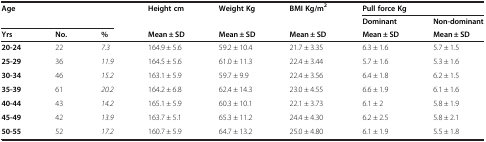
<table><thead><tr><td rowspan="2" colspan="3"><b>Age</b></td><td rowspan="2"><b>Height cm</b></td><td rowspan="2"><b>Weight Kg</b></td><td rowspan="2"><b>BMI Kg/m<sup>2</sup></b></td><td colspan="2"><b>Pull force Kg</b></td></tr><tr><td><b>Dominant</b></td><td><b>Non-dominant</b></td></tr><tr><td><b>Yrs</b></td><td><b>No.</b></td><td><b>%</b></td><td><b>Mean ± SD</b></td><td><b>Mean ± SD</b></td><td><b>Mean ± SD</b></td><td><b>Mean ± SD</b></td><td><b>Mean ± SD</b></td></tr></thead><tbody><tr><td><b>20-24</b></td><td>22</td><td><i>7.3</i></td><td>164.9 ± 5.6</td><td>59.2 ± 10.4</td><td>21.7 ± 3.35</td><td>6.3 ± 1.6</td><td>5.7 ± 1.5</td></tr><tr><td><b>25-29</b></td><td>36</td><td><i>11.9</i></td><td>164.5 ± 5.6</td><td>61.0 ± 11.3</td><td>22.4 ± 3.44</td><td>5.7 ± 1.6</td><td>5.3 ± 1.6</td></tr><tr><td><b>30-34</b></td><td>46</td><td><i>15.2</i></td><td>163.1 ± 5.9</td><td>59.7 ± 9.9</td><td>22.4 ± 3.56</td><td>6.4 ± 1.8</td><td>6.2 ± 1.5</td></tr><tr><td><b>35-39</b></td><td>61</td><td><i>20.2</i></td><td>164.2 ± 6.8</td><td>62.4 ± 14.3</td><td>23.0 ± 4.55</td><td>6.6 ± 1.9</td><td>6.1 ± 1.6</td></tr><tr><td><b>40-44</b></td><td>43</td><td><i>14.2</i></td><td>165.1 ± 5.9</td><td>60.3 ± 10.1</td><td>22.1 ± 3.73</td><td>6.1 ± 2</td><td>5.8 ± 1.9</td></tr><tr><td><b>45-49</b></td><td>42</td><td><i>13.9</i></td><td>163.7 ± 5.1</td><td>65.3 ± 11.2</td><td>24.4 ± 4.30</td><td>6.2 ± 2.5</td><td>5.8 ± 2.1</td></tr><tr><td><b>50-55</b></td><td>52</td><td><i>17.2</i></td><td>160.7 ± 5.9</td><td>64.7 ± 13.2</td><td>25.0 ± 4.80</td><td>6.1 ± 1.9</td><td>5.5 ± 1.8</td></tr></tbody></table>